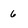
Character: 6